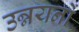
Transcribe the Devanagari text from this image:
उन्नयनों